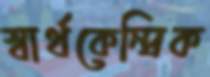
স্বার্থকেন্দ্রিক